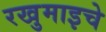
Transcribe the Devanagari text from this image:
रखुमाइचे